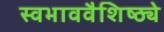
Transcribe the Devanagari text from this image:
स्वभाववैशिष्ठ्ये